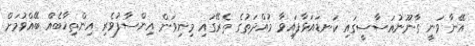
އޭނާ ވަނީ ގާނޫނުއަސާސީގައި ކަނޑައަޅާފައިވާ މުއްދަތުގެ ތެރޭގައި މިނިވަަން އިންސާފުވެރި އިންތިޚާބެއް ބޭއްވުމަށް